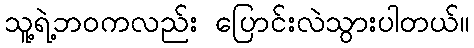
သူ့ရဲ့ဘဝကလည်း ပြောင်းလဲသွားပါတယ်။